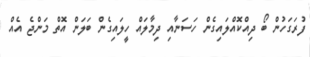
ފުރަގަހުން ބޯ ދިއްކޮއްލައިގެން ހަސަނާއި ދިމާލައް ހީލައިގެން ބަލަން އޮތް މަންޖެ އެއް